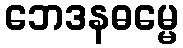
ဘေဒနဓမ္မေ